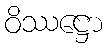
ဝိဿဋ္ဌော